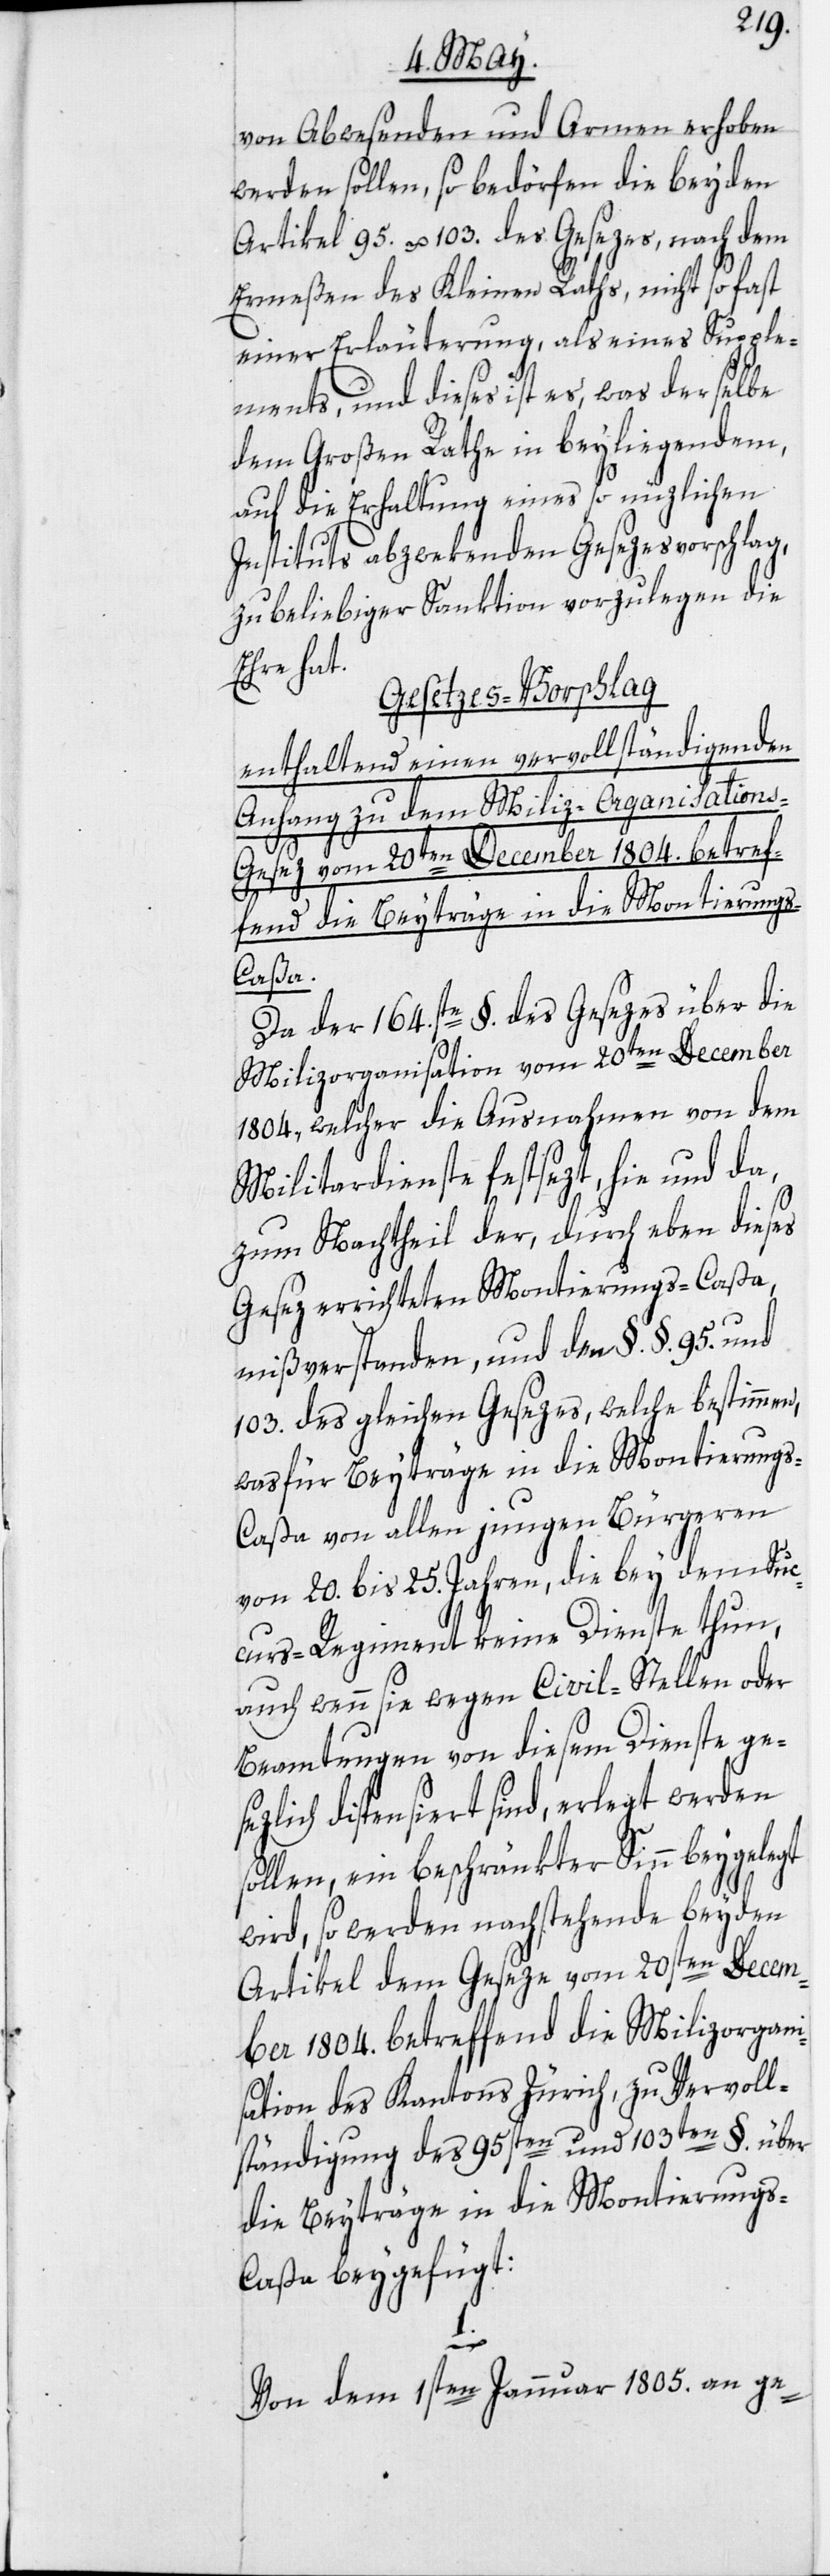
von Abwesenden und Armen erhoben
werden sollen, so bedörfen die beyden
Artikel 95. u. 103. des Gesezes, nach dem
Ermeßen des Kleinen Raths, nicht so fast
einer Erläuterung, als eines Supple¬
ments, und dieses ist es, was derselbe
dem Großen Rathe in beyliegendem,
auf die Erhaltung eines so nüzlichen
Instituts abzwekenden Gesezesvorschlag,
zu beliebiger Sanktion vorzulegen die
Ehre hat.
Gesezes-Vorschlag
enthaltend einen vervollständigenden
Anhang zu dem Miliz-Organisation¬
s-Gesez vom 20ten December 1804. betref¬
fend die Beyträge in die Montierung¬
s-Caßa.
Da der 164.ste §. des Gesezes über die
Milizorganisation vom 20ten December
1804, welcher die Ausnahmen von dem
Militardienste festsezt, hie und da,
zum Nachtheil der, durch eben dieses
Gesez errichteten Montierungs-Caßa,
mißverstanden, und den §.§. 95. und
103. des gleichen Gesezes, welche bestimmen,
was für Beyträge in die Montierung¬
s-Caßa von allen jungen Bürgeren
von 20. bis 25. Jahren, die bey dem Suc¬
curs-Regiment keine Dienste thun,
auch wenn sie wegen Civil-Stellen oder
Beamtungen von diesem Dienste ges¬
ezlich dispensiert sind, erlegt werden
sollen, ein beschränkter Sinn beygelegt
wird, so werden nachstehende beyden
Artikel dem Geseze vom 20sten Decem¬
ber 1804. betreffend die Milizorgan¬
isation des Kantons Zürich, zu Vervoll¬
ständigung des 95sten und 103ten §. über
die Beyträge in die Montierung¬
s-Caßa beygefügt:
Von dem 1sten Jannuar 1805. an ge-